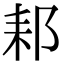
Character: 䣂